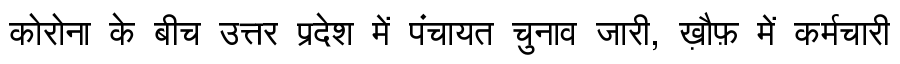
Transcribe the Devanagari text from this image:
कोरोना के बीच उत्तर प्रदेश में पंचायत चुनाव जारी, ख़ौफ़ में कर्मचारी